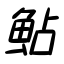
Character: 鮎